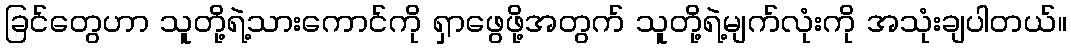
ခြင်တွေဟာ သူတို့ရဲ့သားကောင်ကို ရှာဖွေဖို့အတွက် သူတို့ရဲ့မျက်လုံးကို အသုံးချပါတယ်။